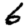
Digit: 6